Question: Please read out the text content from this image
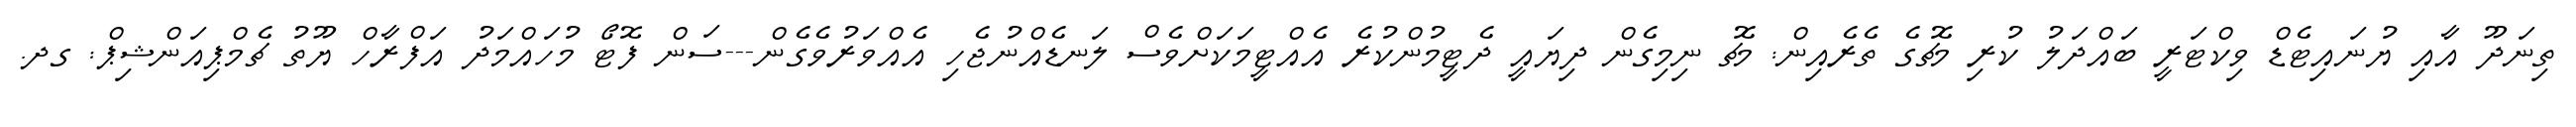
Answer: ތިނަދޫ އާއި ޔުނައިޓެޑް ވިކްޓަރީ ބައްދަލު ކުރި މެޗުގެ ތެރެއިން: މެޗު ނިމިގެން ދިޔައީ ދެޓީމުންކުރެ އެއްޓީމަކަށްވެސް ލަނޑެއްނުޖެހި އެއްވަރުވެގެން---ސަން ފޮޓޯ މުހައްމަދު އަފްރާހް ޔޫތު ޗެމްޕިއަންޝިޕް: ގދ.